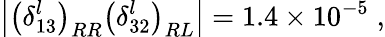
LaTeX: \left|\left(\delta_{13}^{l}\right)_{RR}\left(\delta_{32}^{l}\right)_{RL}\right|=1.4\times 10^{-5}\; ,